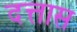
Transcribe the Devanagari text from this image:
दत्तास